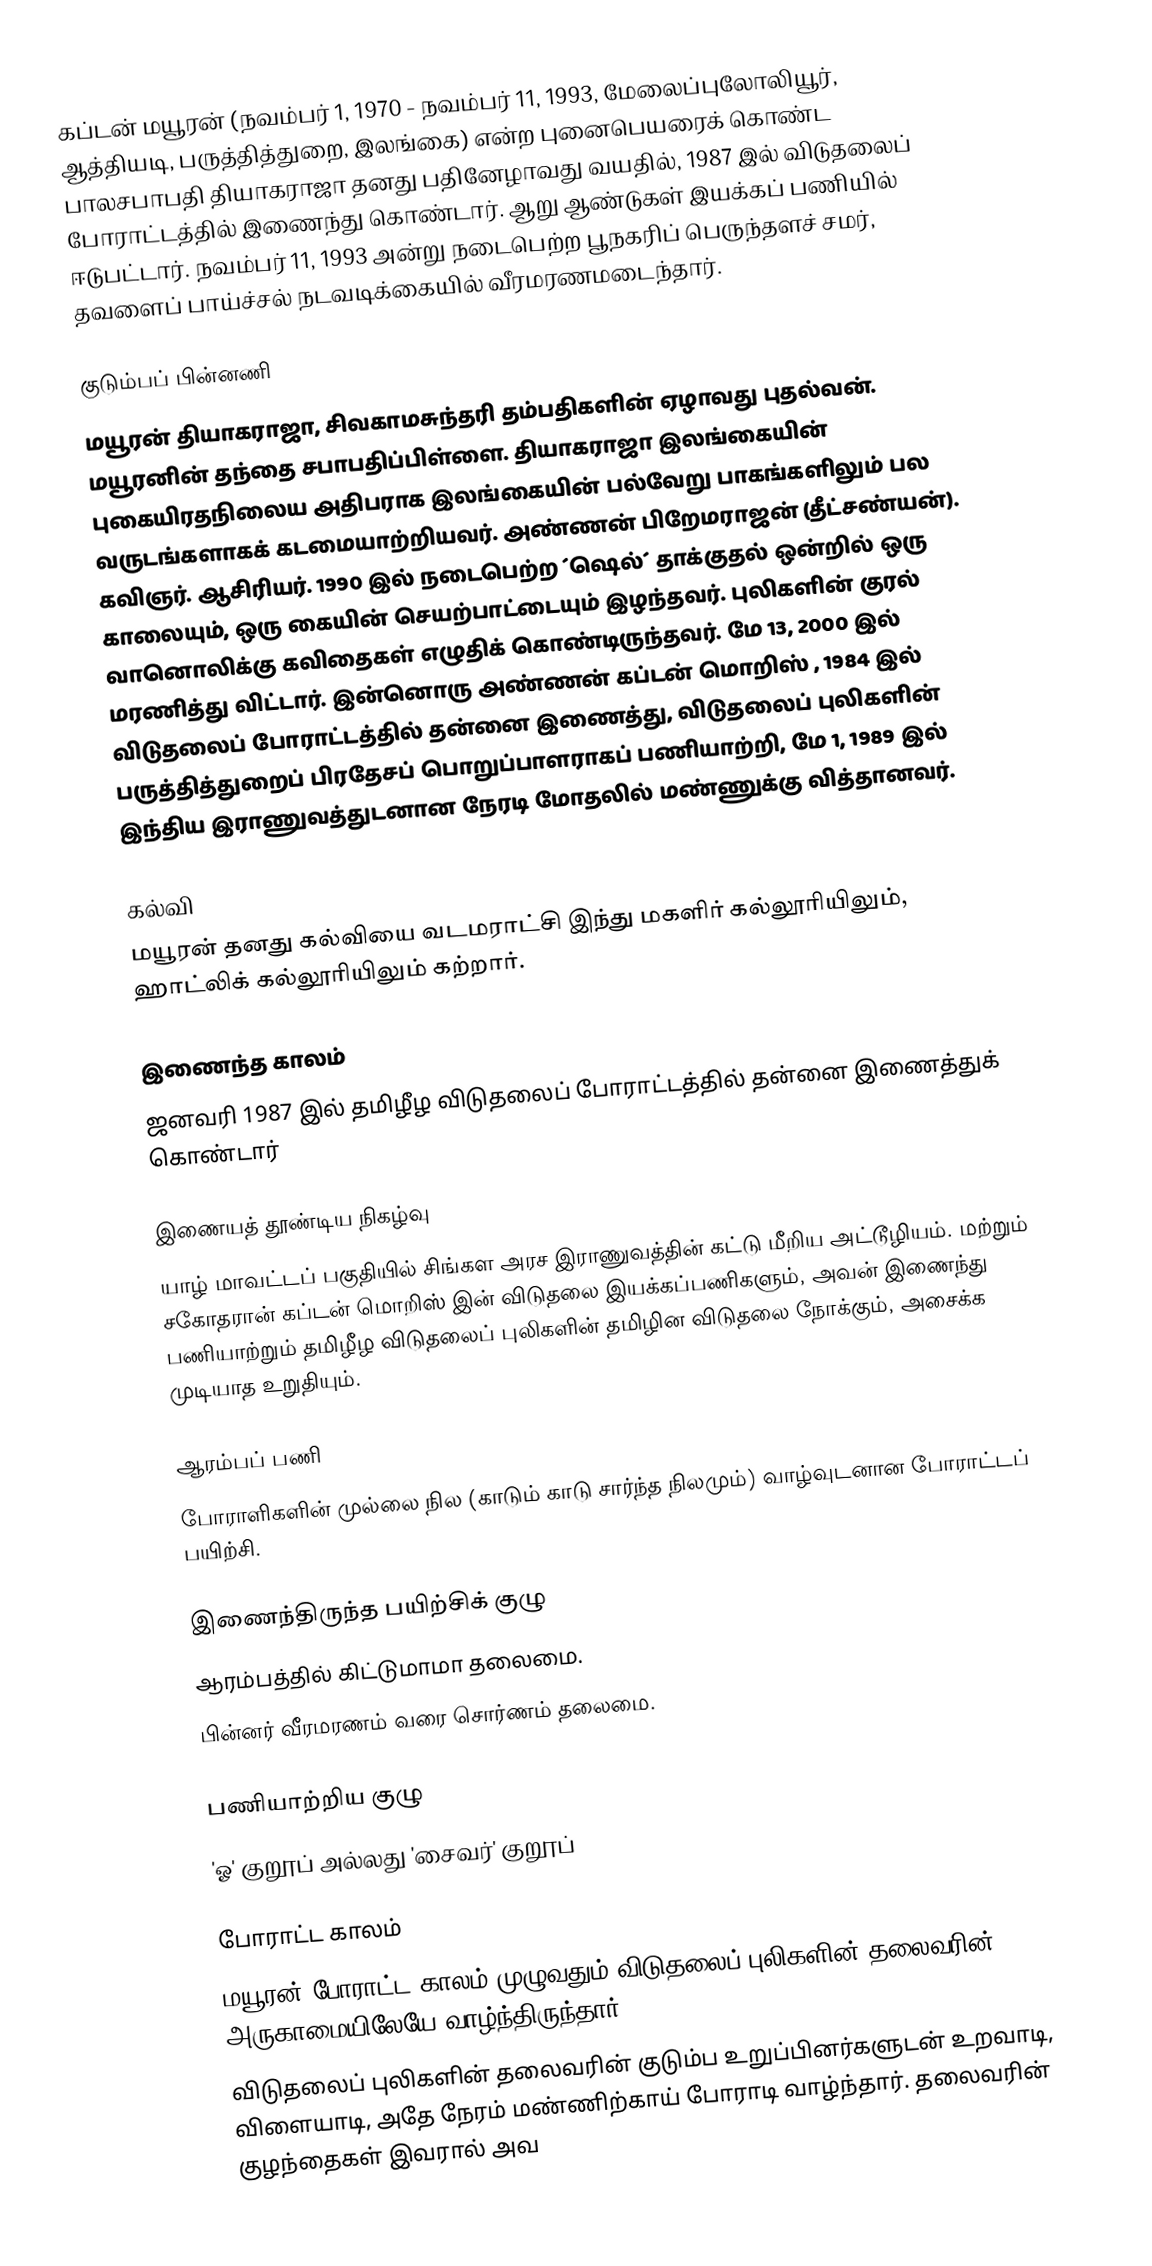
கப்டன் மயூரன்  (நவம்பர் 1, 1970 - நவம்பர் 11, 1993, மேலைப்புலோலியூர், ஆத்தியடி, பருத்தித்துறை, இலங்கை) என்ற புனைபெயரைக் கொண்ட பாலசபாபதி தியாகராஜா  தனது பதினேழாவது  வயதில், 1987 இல்  விடுதலைப் போராட்டத்தில் இணைந்து கொண்டார். ஆறு ஆண்டுகள் இயக்கப் பணியில் ஈடுபட்டார். நவம்பர் 11, 1993 அன்று நடைபெற்ற பூநகரிப் பெருந்தளச் சமர், தவளைப் பாய்ச்சல் நடவடிக்கையில் வீரமரணமடைந்தார்.

குடும்பப் பின்னணி
மயூரன் தியாகராஜா, சிவகாமசுந்தரி தம்பதிகளின் ஏழாவது புதல்வன். மயூரனின் தந்தை சபாபதிப்பிள்ளை. தியாகராஜா  இலங்கையின் புகையிரதநிலைய அதிபராக  இலங்கையின் பல்வேறு பாகங்களிலும் பல வருடங்களாகக் கடமையாற்றியவர். அண்ணன் பிறேமராஜன் (தீட்சண்யன்). கவிஞர். ஆசிரியர். 1990 இல் நடைபெற்ற ´ஷெல்´ தாக்குதல் ஒன்றில் ஒரு காலையும், ஒரு கையின் செயற்பாட்டையும் இழந்தவர். புலிகளின் குரல் வானொலிக்கு கவிதைகள் எழுதிக் கொண்டிருந்தவர். மே 13, 2000 இல் மரணித்து விட்டார். இன்னொரு அண்ணன் கப்டன் மொறிஸ் , 1984 இல் விடுதலைப் போராட்டத்தில் தன்னை இணைத்து, விடுதலைப் புலிகளின் பருத்தித்துறைப் பிரதேசப் பொறுப்பாளராகப் பணியாற்றி, மே 1, 1989 இல் இந்திய இராணுவத்துடனான நேரடி மோதலில் மண்ணுக்கு வித்தானவர்.

கல்வி
மயூரன் தனது கல்வியை வடமராட்சி இந்து மகளிர் கல்லூரியிலும், ஹாட்லிக் கல்லூரியிலும் கற்றார்.

இணைந்த காலம்
ஜனவரி 1987 இல் தமிழீழ விடுதலைப் போராட்டத்தில் தன்னை இணைத்துக் கொண்டார்

இணையத் தூண்டிய நிகழ்வு
யாழ் மாவட்டப் பகுதியில் சிங்கள அரச இராணுவத்தின் கட்டு மீறிய அட்டூழியம். மற்றும் சகோதரான் கப்டன் மொறிஸ் இன் விடுதலை இயக்கப்பணிகளும், அவன் இணைந்து பணியாற்றும் தமிழீழ விடுதலைப் புலிகளின் தமிழின விடுதலை நோக்கும், அசைக்க முடியாத உறுதியும்.

ஆரம்பப் பணி
போராளிகளின் முல்லை நில (காடும் காடு சார்ந்த நிலமும்) வாழ்வுடனான போராட்டப் பயிற்சி.

இணைந்திருந்த பயிற்சிக் குழு
 ஆரம்பத்தில் கிட்டுமாமா தலைமை.
 பின்னர் வீரமரணம் வரை சொர்ணம் தலைமை.

பணியாற்றிய குழு
'ஓ' குறூப் அல்லது 'சைவர்' குறூப்

போராட்ட காலம்
 மயூரன் போராட்ட காலம் முழுவதும் விடுதலைப் புலிகளின் தலைவரின் அருகாமையிலேயே வாழ்ந்திருந்தார்.
 விடுதலைப் புலிகளின் தலைவரின் குடும்ப உறுப்பினர்களுடன் உறவாடி, விளையாடி, அதே நேரம் மண்ணிற்காய் போராடி வாழ்ந்தார். தலைவரின் குழந்தைகள் இவரால் அவ